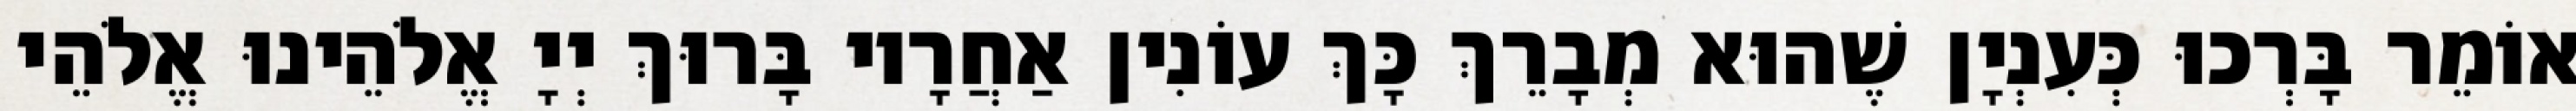
אוֹמֵר בָּרְכוּ כְּעִנְיָן שֶׁהוּא מְבָרֵךְ כָּךְ עוֹנִין אַחֲרָיו בָּרוּךְ יְיָ אֱלֹהֵינוּ אֱלֹהֵי